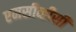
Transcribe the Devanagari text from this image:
एमसीव्हीसी